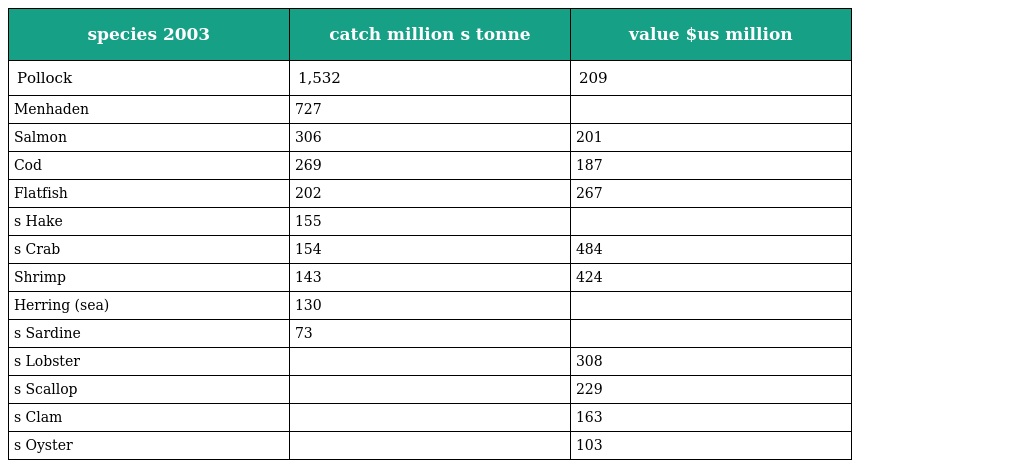
| species 2003 | catch million s tonne | value $us million |
 | --- | --- | --- |
 | Pollock | 1,532 | 209 |
 | Menhaden | 727 |  |
 | Salmon | 306 | 201 |
 | Cod | 269 | 187 |
 | Flatfish | 202 | 267 |
 | s Hake | 155 |  |
 | s Crab | 154 | 484 |
 | Shrimp | 143 | 424 |
 | Herring (sea) | 130 |  |
 | s Sardine | 73 |  |
 | s Lobster |  | 308 |
 | s Scallop |  | 229 |
 | s Clam |  | 163 |
 | s Oyster |  | 103 |